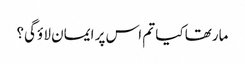
مارتھا کیا تم اس پر ایمان لا ؤگی؟